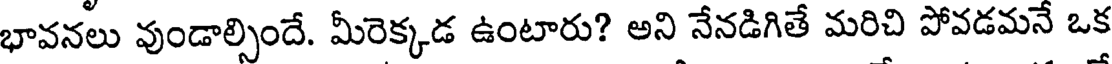
భావనలు వుండాల్సిందే. మీరెక్కడ ఉంటారు? అని నేనడిగితే మరిచి పోవడమనే ఒక